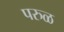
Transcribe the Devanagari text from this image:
परुळ